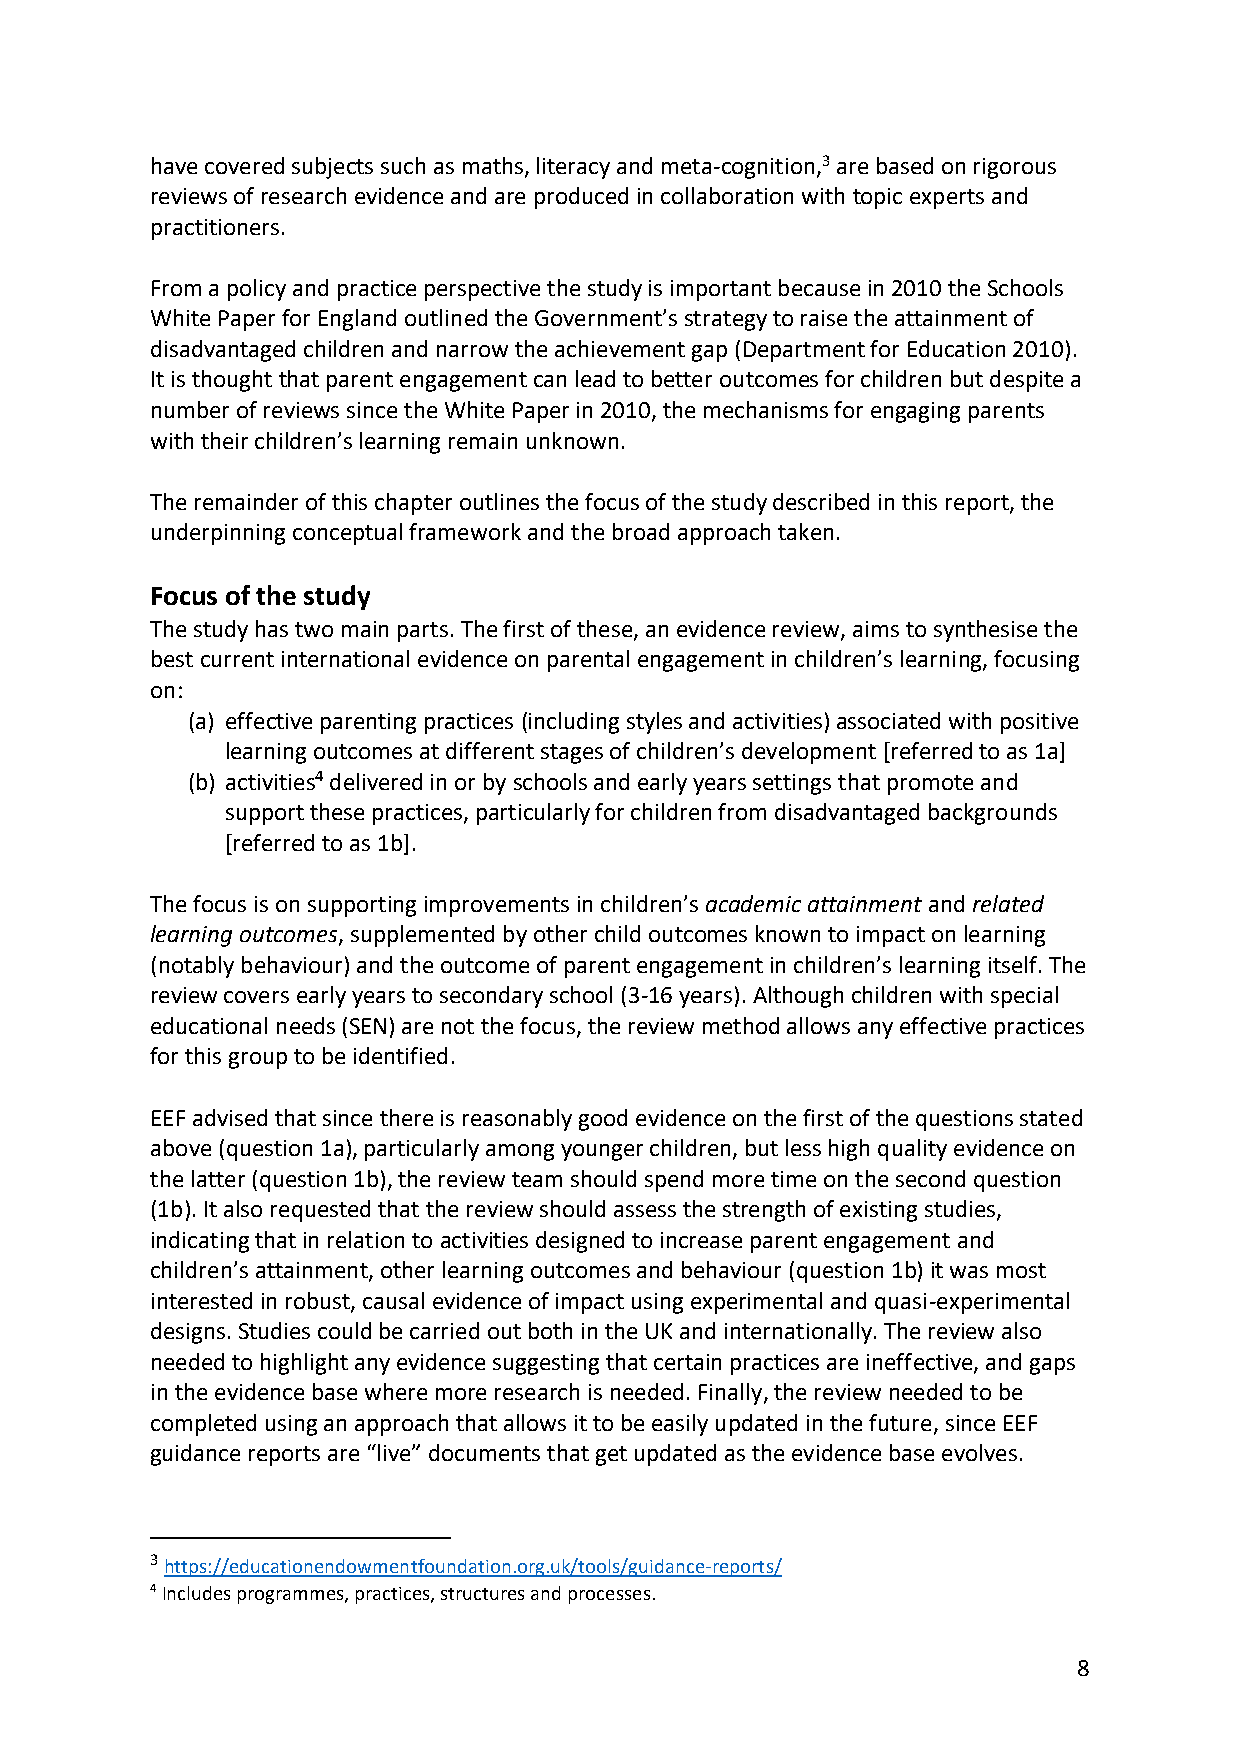
have covered subjects such as maths, literacy and meta-cognition,3 are based on rigorous
 reviews of research evidence and are produced in collaboration with topic experts and
 practitioners.
 From a policy and practice perspective the study is important because in 2010 the Schools
 White Paper for England outlined the Government’s strategy to raise the attainment of
 disadvantaged children and narrow the achievement gap (Department for Education 2010).
 It is thought that parent engagement can lead to better outcomes for children but despite a
 number of reviews since the White Paper in 2010, the mechanisms for engaging parents
 with their children’s learning remain unknown.
 The remainder of this chapter outlines the focus of the study described in this report, the
 underpinning conceptual framework and the broad approach taken.
 Focus of the study
 The study has two main parts. The first of these, an evidence review, aims to synthesise the
 best current international evidence on parental engagement in children’s learning, focusing
 on:
 (a) effective parenting practices (including styles and activities) associated with positive
 learning outcomes at different stages of children’s development [referred to as 1a]
 (b) activities4 delivered in or by schools and early years settings that promote and
 support these practices, particularly for children from disadvantaged backgrounds
 [referred to as 1b].
 The focus is on supporting improvements in children’s academic attainment and related
 learning outcomes, supplemented by other child outcomes known to impact on learning
 (notably behaviour) and the outcome of parent engagement in children’s learning itself. The
 review covers early years to secondary school (3-16 years). Although children with special
 educational needs (SEN) are not the focus, the review method allows any effective practices
 for this group to be identified.
 EEF advised that since there is reasonably good evidence on the first of the questions stated
 above (question 1a), particularly among younger children, but less high quality evidence on
 the latter (question 1b), the review team should spend more time on the second question
 (1b). It also requested that the review should assess the strength of existing studies,
 indicating that in relation to activities designed to increase parent engagement and
 children’s attainment, other learning outcomes and behaviour (question 1b) it was most
 interested in robust, causal evidence of impact using experimental and quasi-experimental
 designs. Studies could be carried out both in the UK and internationally. The review also
 needed to highlight any evidence suggesting that certain practices are ineffective, and gaps
 in the evidence base where more research is needed. Finally, the review needed to be
 completed using an approach that allows it to be easily updated in the future, since EEF
 guidance reports are “live” documents that get updated as the evidence base evolves.
 3 https://educationendowmentfoundation.org.uk/tools/guidance-reports/
 4 Includes programmes, practices, structures and processes.
 8